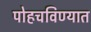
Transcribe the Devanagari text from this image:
पोहचविण्यात